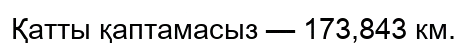
Қатты қаптамасыз — 173,843 км.